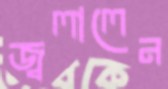
জ্বলালেন